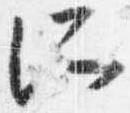
所